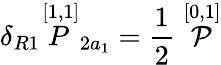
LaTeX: \delta_{R1}\stackrel{[1,1]}{P}_{2a_{1}}=\frac{1}{2}\stackrel{[0,1]}{\cal P}